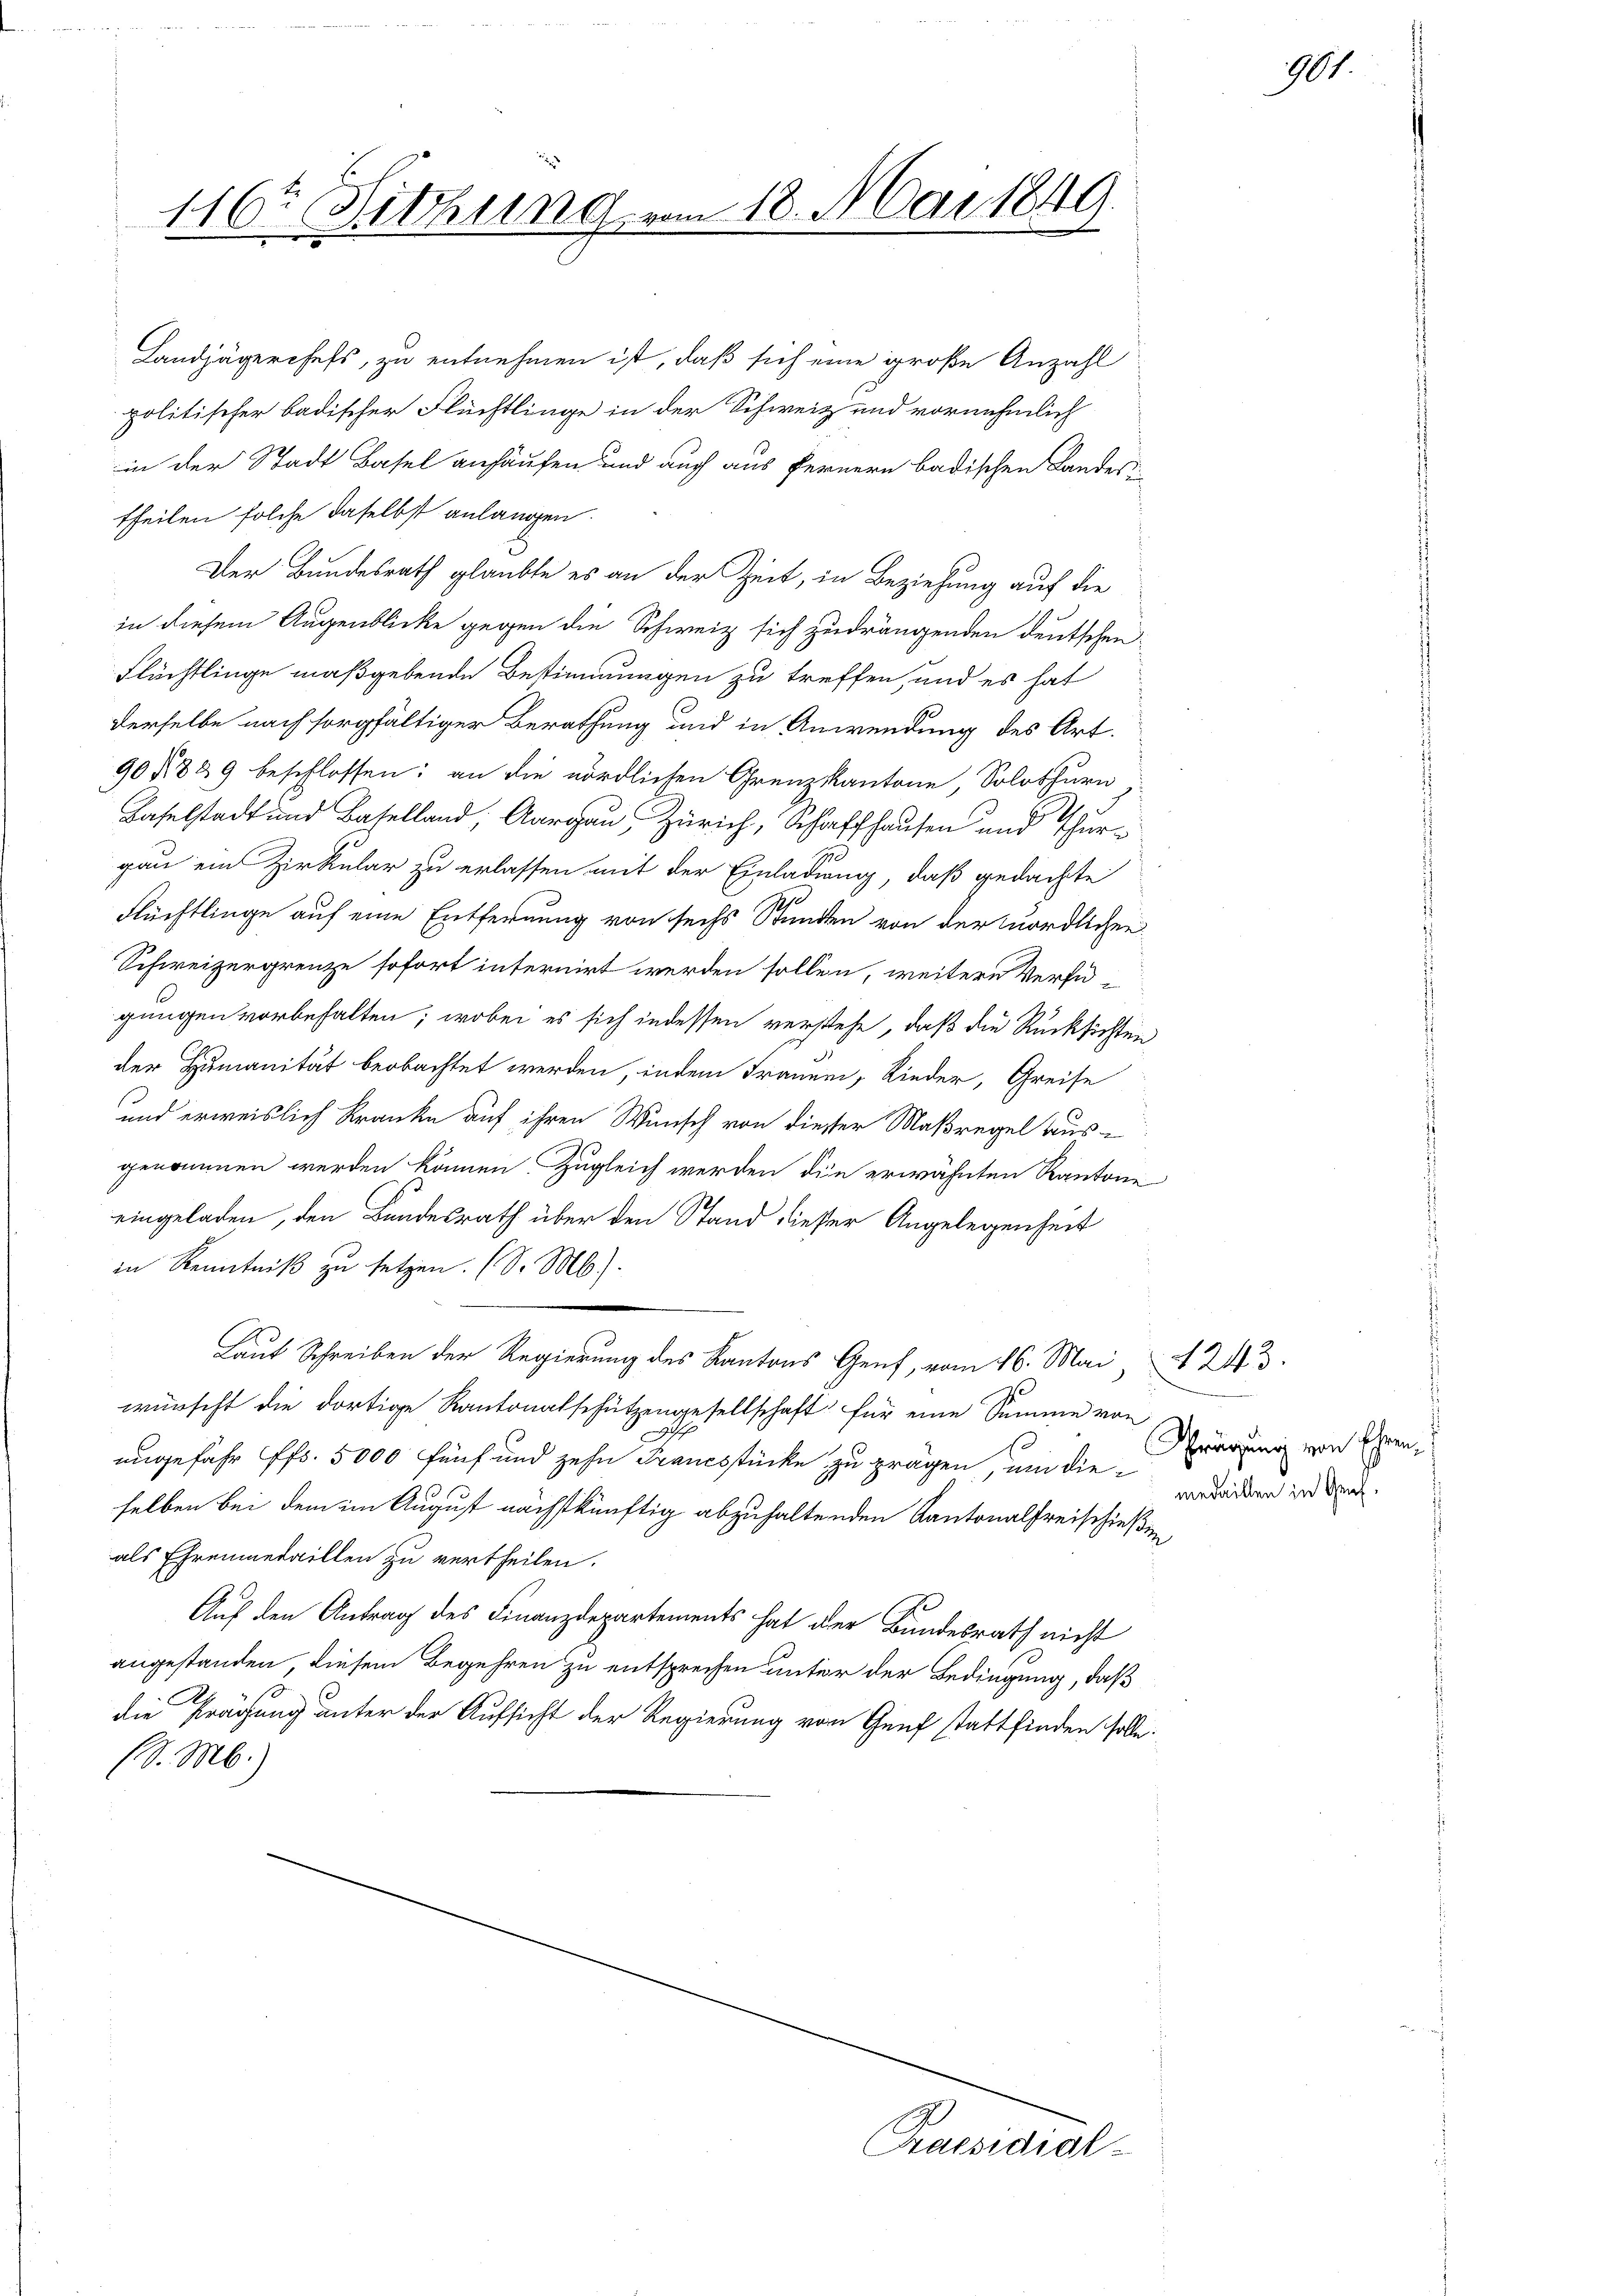
116r Sitzung vom 18. Mai 1849.

gungen vorbehalten; wobei es sich indessen verstehe, daß die Rücksichten
der Humanität beobachtet werden, indem Frauen, Rieder, Greise
1.
und erweislich Kranke auf ihren Wunsch von dieser Maßregel ausgenommen werden können. Zugleich werden die erwähnten Kantone
eingeladen, den Bundesrath über den Stand dieser Angelegenheit
in Kenntniß zu setzen. (S. Mb).
Laut Schreiben der Regierung des Kantons Genf, vom 16. Mai, 243.
würscht die dortige Kantonalschützengesellschaft für eine Summe von
D
ungefahr ff. 5000 fünf und zehn Francsstücke zu prägen, um die
selben bei dem im August nächstkünftig abzuhaltenden Kantonalfreischießen
als Ehrenmedaillen zu vertheilen.
Auf den Antrag des Finanzdepartements hat der Bundesrath nicht
angestanden, diesem Begehren zu entsprechen unter der Bedingung, daß
die Prägung unter der Aufsicht der Regierung von Genf stattfinden solle.
(S. M.)

Landjägerchefs, zu entnehmen ist, daß sich eine große Anzahl
politischer badischer Flüchtlinge in der Schweiz und vornehmlich
in der Stadt Basel anhäufen und auch aus fernern badischen Landes
theilen solche daselbst anlangen.
Der Bundesrath glaubte es an der Zeit, in Beziehung auf die
in diesem Augenblicke gegen die Schweiz sich zudrängenden deutschen
Flüchtlinge maßgebende Bestimmungen zu treffen, und es hat
derselbe nach sorgfältiger Berathung und in Anwendung des Art.
90 § 889 beschlossen: an die nördlichen Grenzkantone Solothurn
Baselstadt und Baselland, Aargau, Zürich, Schaffhausen und Thurgau ein Zirkular zu erlassen mit der Einladung, daß gedachte
Flüchtlinge auf eine Entfernung von sechs Stunden von der nördlichen
Schweizergrenze sofort internirt werden sollen, weitere Verfü¬

Praesidial

n

90

.
Sprägung von Ehren,
medaillen in Geneh¬